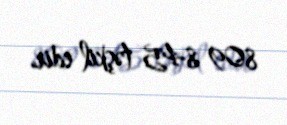
809 845 təşkil edir.